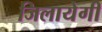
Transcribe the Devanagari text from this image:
जिलायेगी